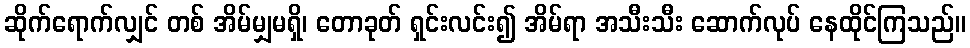
ဆိုက်ရောက်လျှင် တစ် အိမ်မျှမရှိ၊ တောခုတ် ရှင်းလင်း၍ အိမ်ရာ အသီးသီး ဆောက်လုပ် နေထိုင်ကြသည်။